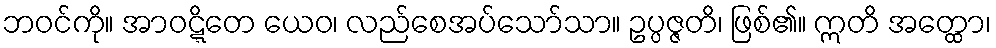
ဘဝင်ကို။ အာဝဋ္ဋိတေ ယေဝ၊ လည်စေအပ်သော်သာ။ ဥပ္ပဇ္ဇတိ၊ ဖြစ်၏။ ဣတိ အတ္ထော၊